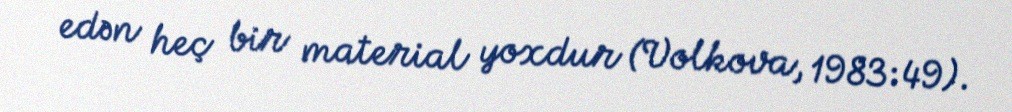
edən heç bir material yoxdur (Volkova, 1983:49).